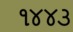
૧૪૪૩